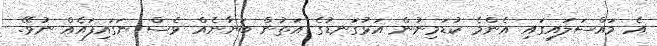
އެ މައްސަލައިގައި އެންމެ ކުޑަމިނުން އަޅުގަނޑުގެ އަތުން ބަޔާނެއް ވެސް ނަގައިފައެއް ނުވޭ.